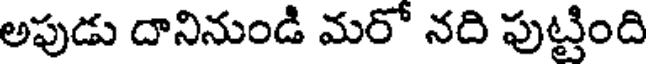
అపుడు దానినుండి మరో నది పుట్టింది